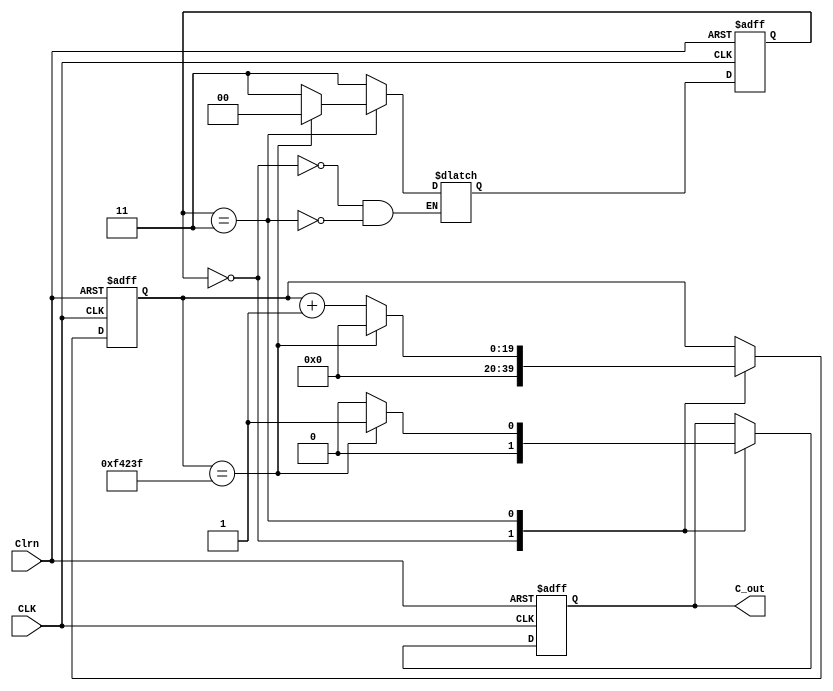
module Counter_1E6_ASM_v_jin(
   output reg C_out, 
   input CLK, Clrn
);

   reg [19:0] A; //Counter_1E6
   reg [1:0] pstate, nstate; // state
   //S0 : initial state, S1 : count
   parameter S0 = 2'b00, S1=2'b11;
   
   always @(posedge CLK, negedge Clrn) begin
	  if(~Clrn) begin
		 C_out <= 1'b0;
		 A <= 20'b0;
		 pstate <= S0;
	  end
	  else begin
		 pstate <= nstate; //clocked operation

		 //Register transfer operation
		 case(pstate)
			S0:
			begin
			   A <= 20'b0;
			   C_out <= 1'b0;
			end

			S1:
			begin
			   if(A==20'd999999) begin
				  A <= 20'b0;
				  C_out <= 1'b1;
			   end
			   else begin 
				  A <= A + 1'b1;
				  C_out <= 1'b0;
			   end
			end
		 endcase
	  end
   end
   
   // state trnasition for control logic
   always@(pstate, A) begin
	  case(pstate)
		 S0:
			nstate <= S1;
		 S1:
			if(A==20'd999999) nstate <= S0;
			else nstate <= S1;
	  endcase
   end
endmodule